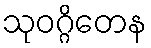
သုဝဂ္ဂိတေန